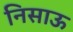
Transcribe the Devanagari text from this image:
निसाऊ